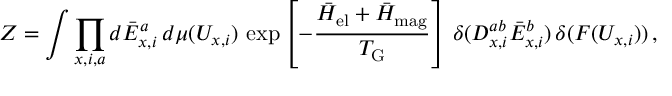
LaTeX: Z = \int \prod _ { x , i , a } d \bar { E } _ { x , i } ^ { a } \, d \mu ( U _ { x , i } ) \, \exp \left[ - { \frac { \bar { H } _ { \mathrm { e l } } + \bar { H } _ { \mathrm { m a g } } } { T _ { \mathrm { G } } } } \right] \, \delta ( D _ { x , i } ^ { a b } \bar { E } _ { x , i } ^ { b } ) \, \delta ( F ( U _ { x , i } ) ) \, ,